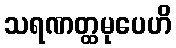
သရဏတ္ထမုပေဟိ